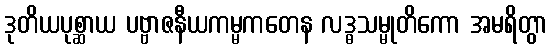
ဒုတိယပုစ္ဆာယ ပဗ္ဗာဇနီယကမ္မကတေန လဒ္ဓသမ္မုတိကော အမရိတွာ